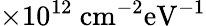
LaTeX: \times 10^{12}~\mathrm{cm^{-2}eV^{-1}}